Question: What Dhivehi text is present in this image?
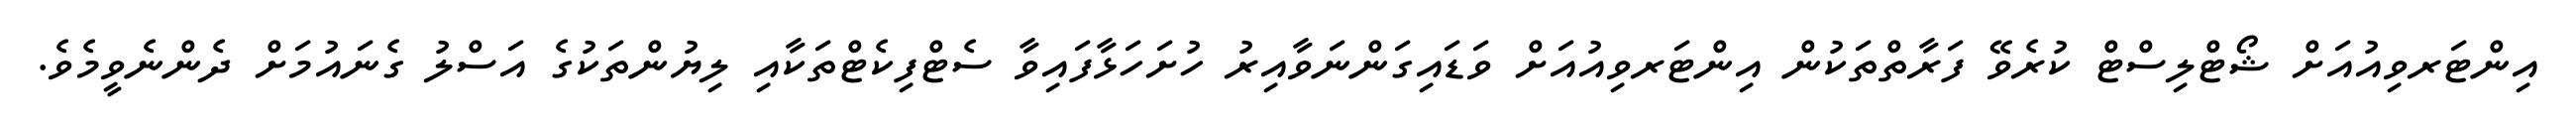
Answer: އިންޓަރވިއުއަށް ޝޯޓްލިސްޓް ކުރެވޭ ފަރާތްތަކުން އިންޓަރވިއުއަށް ވަޑައިގަންނަވާއިރު ހުށަހަޅާފައިވާ ސެޓްފިކެޓްތަކާއި ލިޔުންތަކުގެ އަސްލު ގެނައުމަށް ދެންނެވީމެވެ.